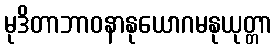
မုဒိတာဘာဝနာနုယောဂမနုယုတ္တာ